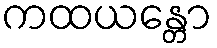
ကထယန္တော